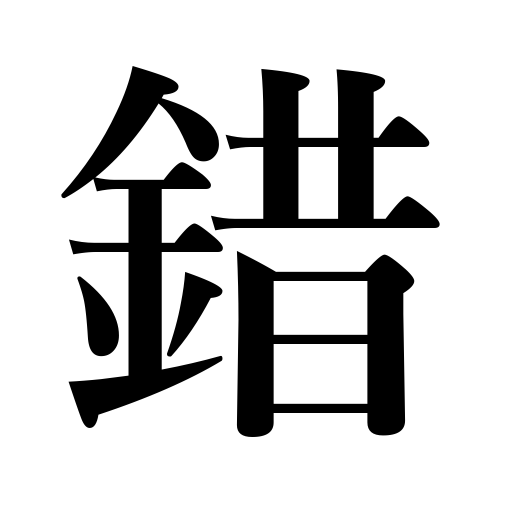
Meanings: be in discorder,mix